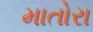
માતોરા